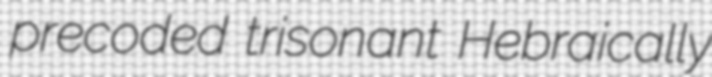
precoded trisonant Hebraically